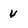
Character: v